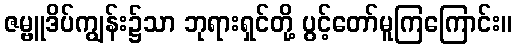
ဇမ္ဗူဒိပ်ကျွန်း၌သာ ဘုရားရှင်တို့ ပွင့်တော်မူကြကြောင်း။